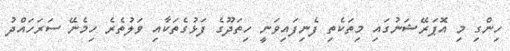
ހިންގި މި އޮޕަރޭޝަނުގައި މިތަކެތި ފެނިފައިވަނީ ހިތަދޫގެ ފަޅުގެތަކާއި ވަލުތެރެ ހިމެނޭ ސަރަހައްދު